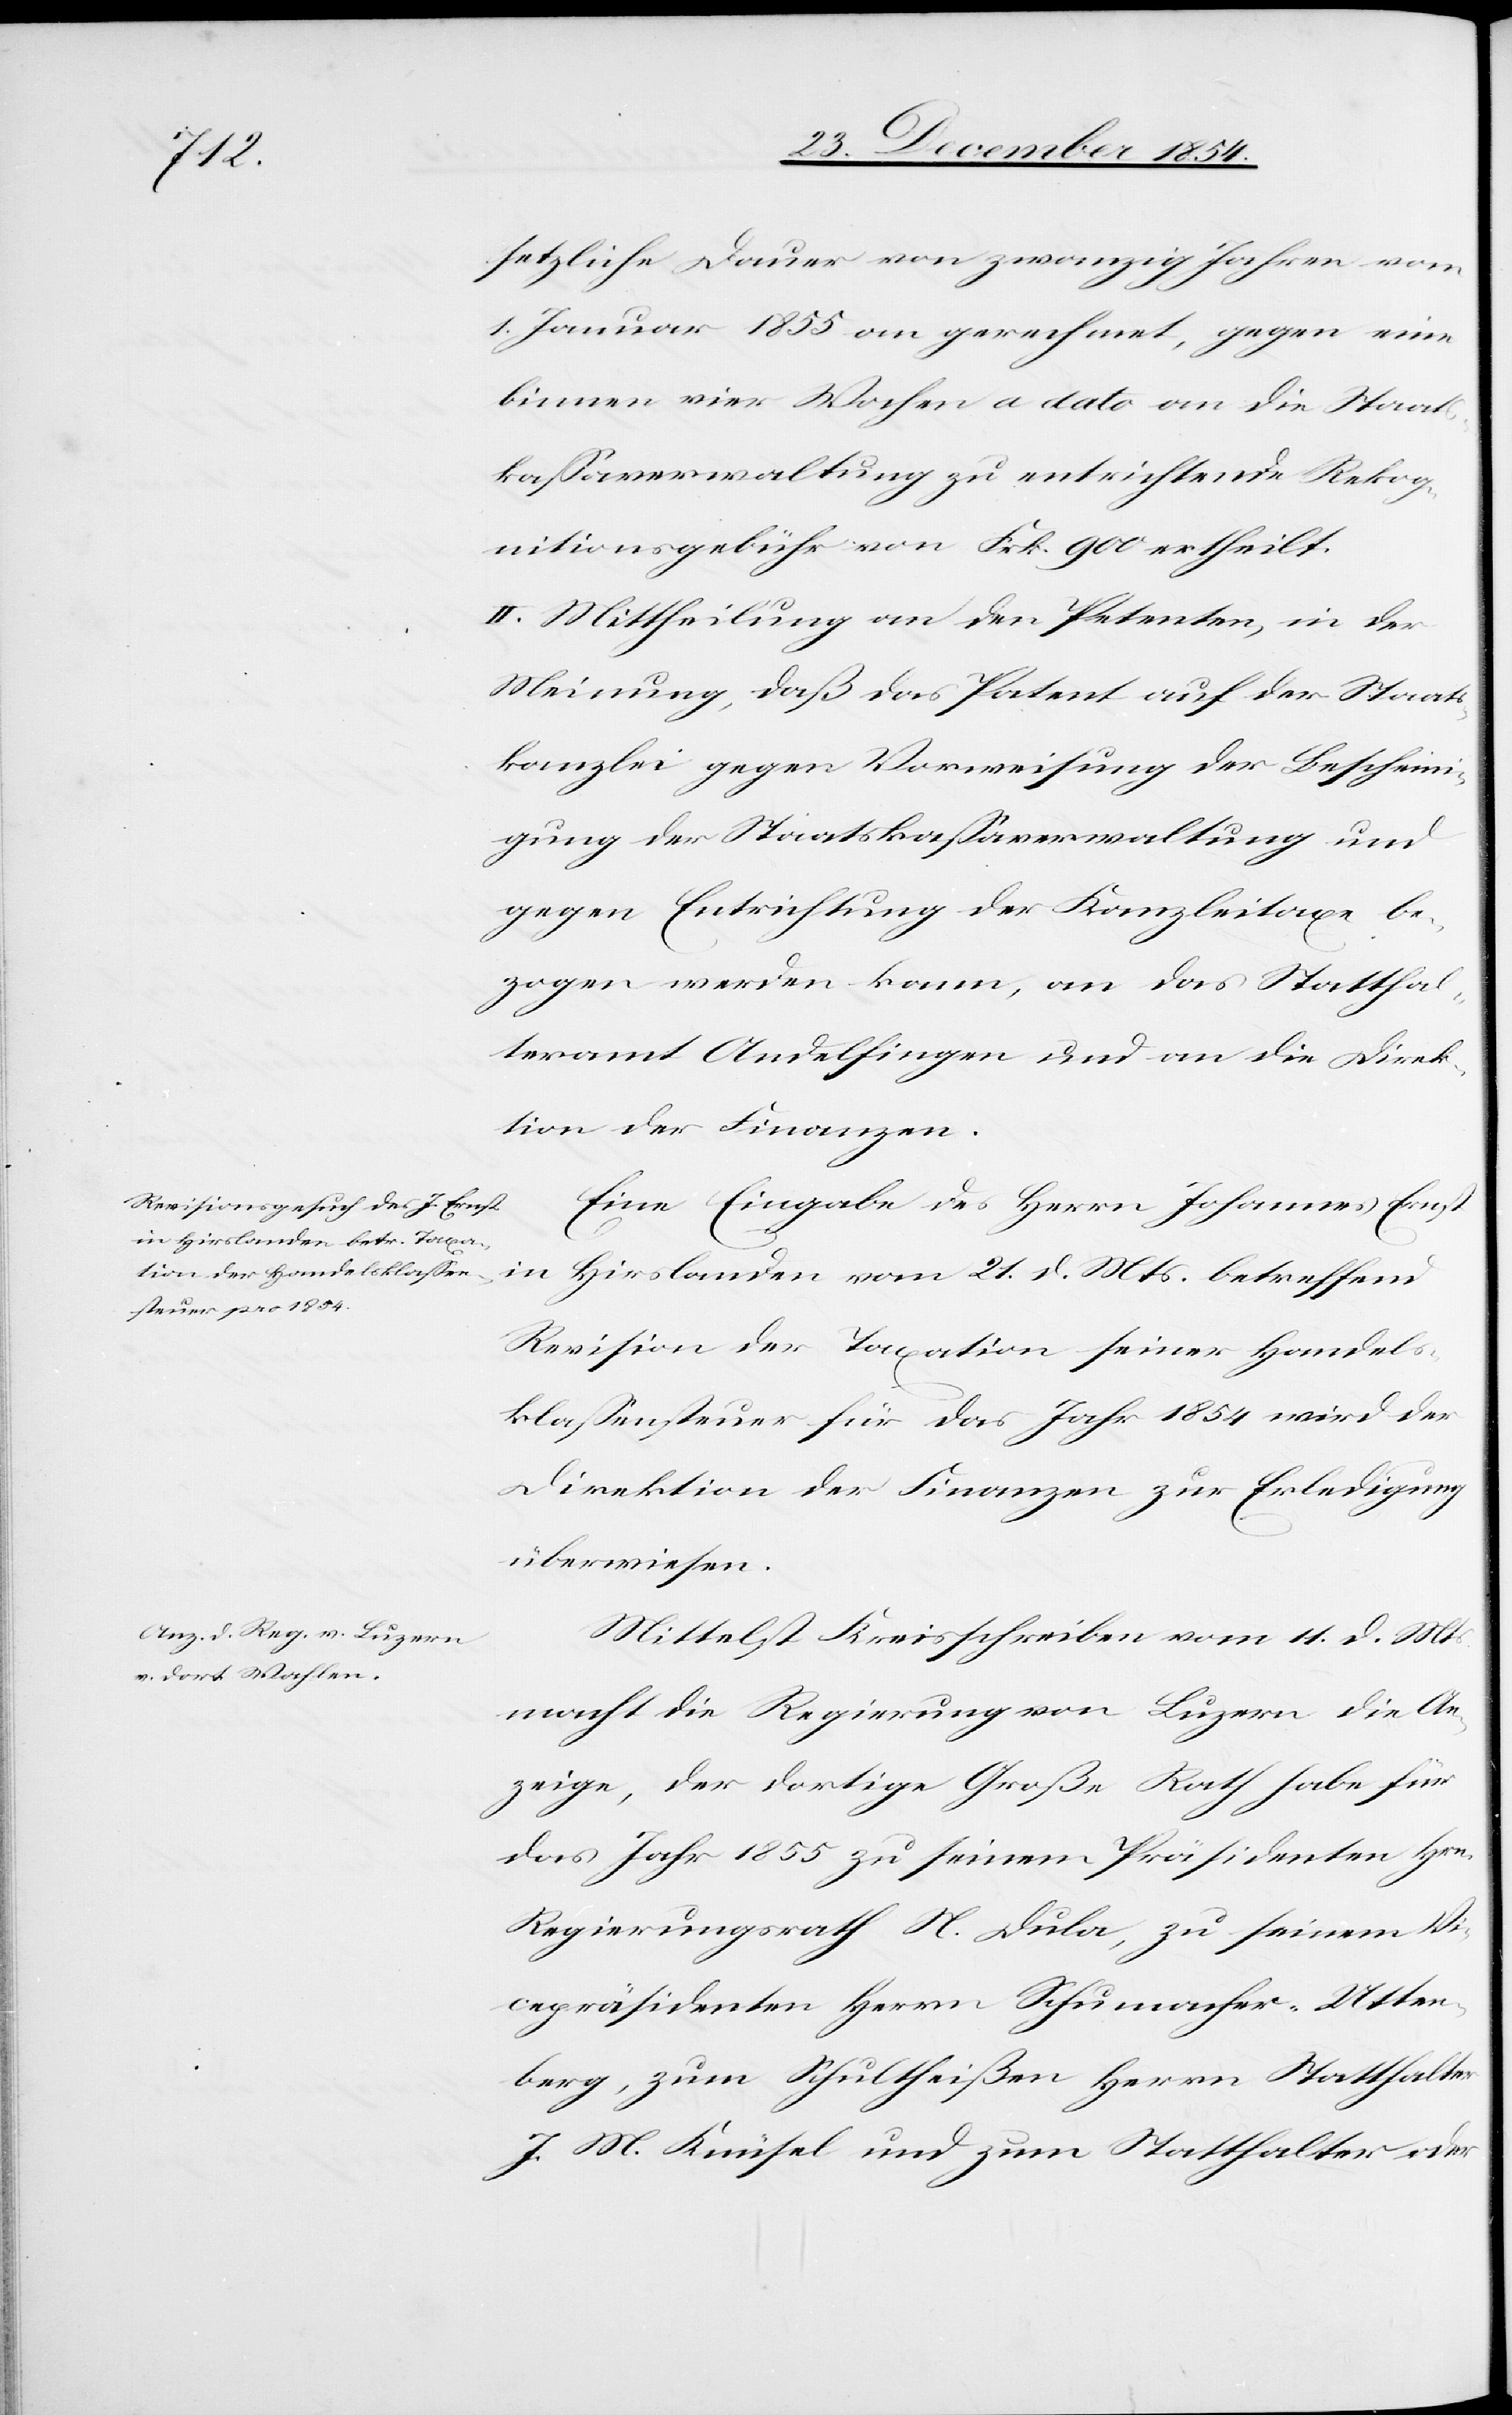
setzliche Dauer von zwanzig Jahren vom
1. Januar 1855 an gerechnet, gegen eine
binnen vier Wochen a dato an die Staats¬
kaßaverwaltung zu entrichtende Rekog¬
nitionsgebühr von Frk. 900 ertheilt.
II. Mittheilung an den Petenten, in der
Meinung, daß da Patent auf der Staats¬
kanzlei gegen Vorweisung der Bescheini¬
gung der Staatskaßaverwaltung und
gegen Entrichtung der Kanzleitaxe be¬
zogen werden kann, an das Statthal¬
teramt Andelfingen und an die Direk¬
tion der Finanzen.
Eine Eingabe des Herrn Johannes Ernst
in Hirslanden vom 21. d. Mts. betreffend
Revision der Taxation seiner Handels¬
klaßensteuer für das Jahr 1854 wird der
Direktion der Finanzen zur Erledigung
überwiesen.
Mittelst Kreisschreiben vom 11. d. Mts.
macht die Regierung von Luzern die An¬
zeige, der dortige Große Rath habe für
das Jahr 1855 zu seinem Präsidenten Hrn.
Regierungsrath N. Dula, zu seinem Vi¬
cepräsidenten Herrn Schumacher-Utter¬
berg, zum Schultheißen Herrn Statthalter
J. M. Knüsel und zum Statthalter oder